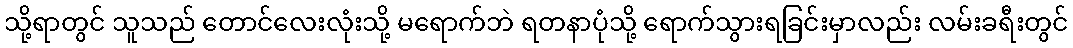
သို့ရာတွင် သူသည် တောင်လေးလုံးသို့ မရောက်ဘဲ ရတနာပုံသို့ ရောက်သွားရခြင်းမှာလည်း လမ်းခရီးတွင်